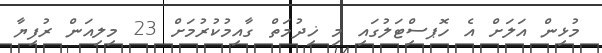
މުޅިން އަލަށް އެ ހޮޕސްިޓަލުގައި މި ޚިދުމަތް ގާއިމުކުރުމަށް 23 މިލިއަން ރުފިޔާ